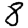
Digit: 8